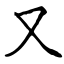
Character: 又